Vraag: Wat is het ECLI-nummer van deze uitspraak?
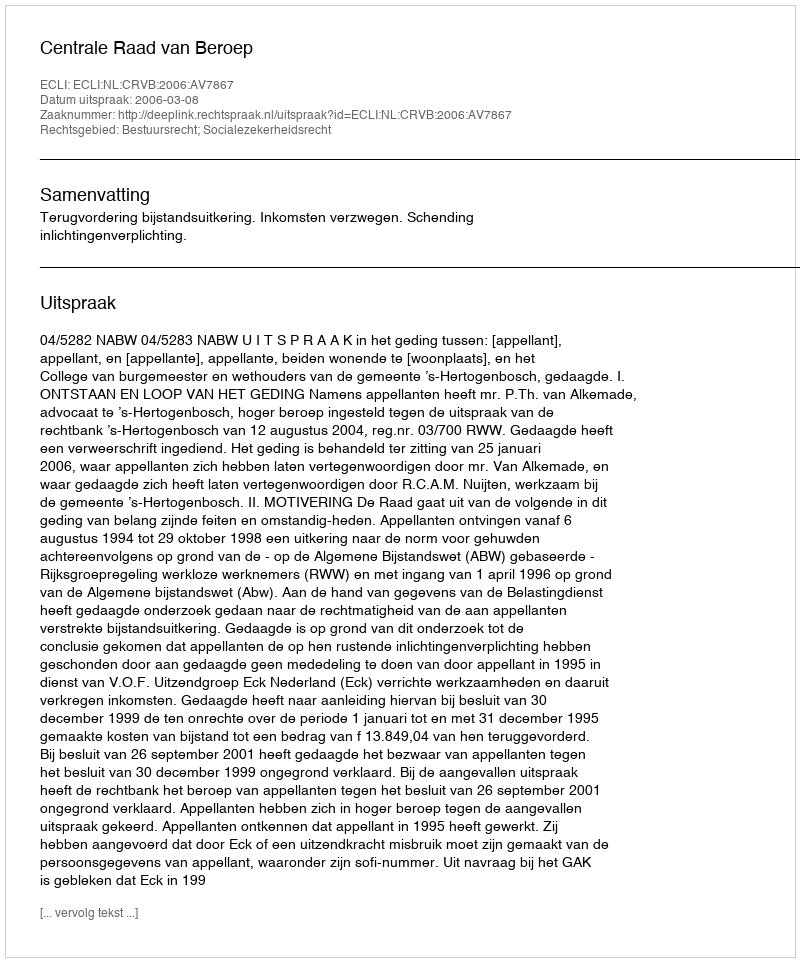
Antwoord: ECLI:NL:CRVB:2006:AV7867